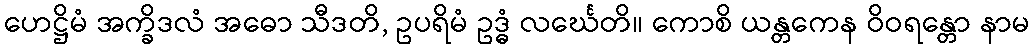
ဟေဋ္ဌိမံ အက္ခိဒလံ အဓော သီဒတိ, ဥပရိမံ ဥဒ္ဓံ လင်္ဃေတိ။ ကောစိ ယန္တကေန ဝိဝရန္တော နာမ